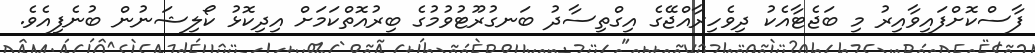
ފާސްކޮށްފައިވާއިރު މި ބަޖެޓާއެކު ދިވެހިރާއްޖޭގެ އިގްތިސާދު ބަނގުރޫޓުވުމުގެ ބިރުއޮތްކަމަށް އިދިކޮޅު ކޯލިޝަނުން ބުނެފިއެވެ.